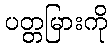
ပတ္တမြားကို